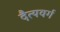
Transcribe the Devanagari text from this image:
दैत्यवर्ग